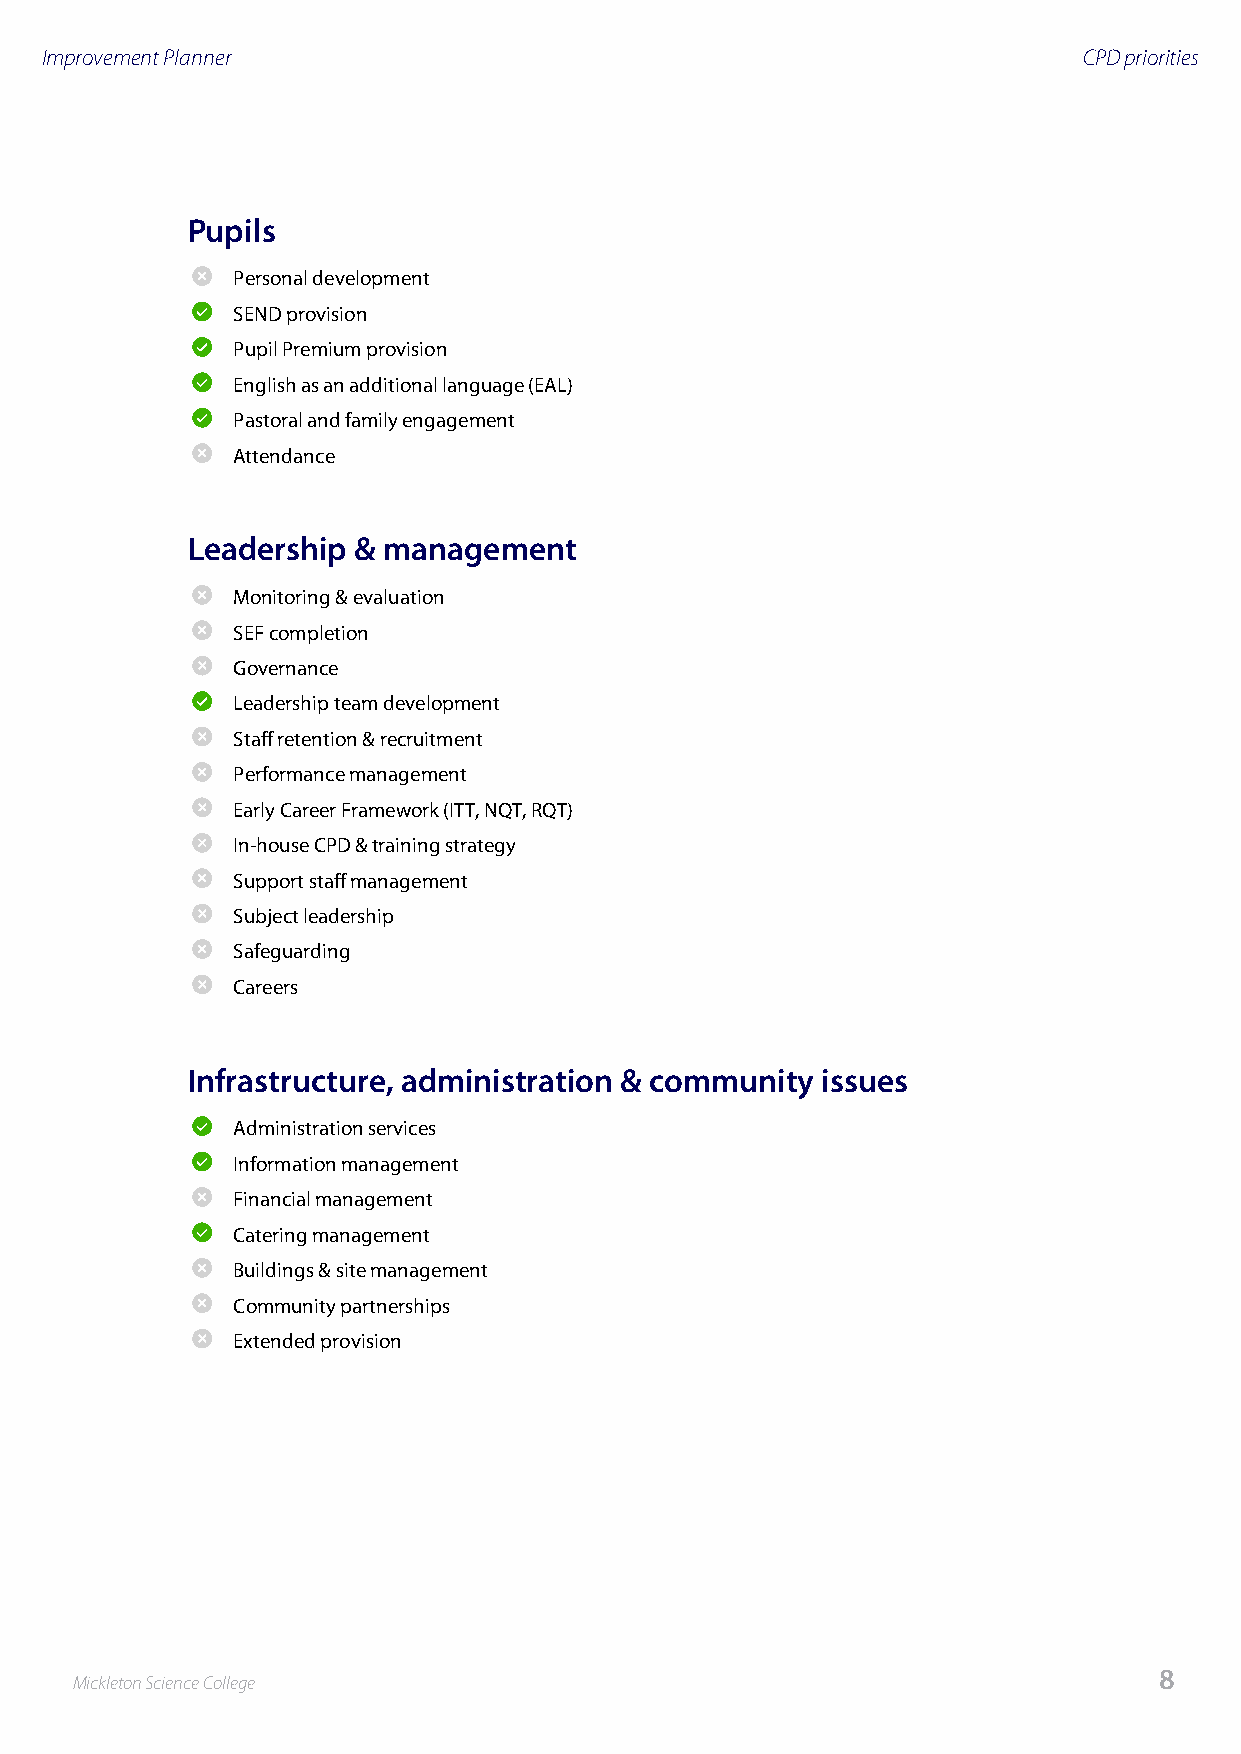
Improvement Planner                                                  CPD priorities
 Pupils
 Personal development
 SEND provision
 Pupil Premium provision
 English as an additional language (EAL)
 Pastoral and family engagement
 Attendance
 Leadership & management
 Monitoring & evaluation
 SEF completion
 Governance
 Leadership team development
 Staff retention & recruitment
 Performance management
 Early Career Framework (ITT, NQT, RQT)
 In-house CPD & training strategy
 Support staff management
 Subject leadership
 Safeguarding
 Careers
 Infrastructure, administration & community issues
 Administration services
 Information management
 Financial management
 Catering management
 Buildings & site management
 Community partnerships
 Extended provision
 8
 Mickleton Science College